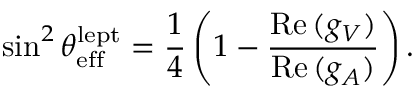
\sin ^ { 2 } \theta _ { \mathrm { e f f } } ^ { \mathrm { l e p t } } = \frac { 1 } { 4 } \left( 1 - \frac { \mathrm { R e } \, ( g _ { V } ) } { \mathrm { R e } \, ( g _ { A } ) } \right) .